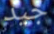
جيد